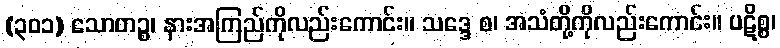
(၃၀၁) သောတဉ္စ၊ နားအကြည်ကိုလည်းကောင်း။ သဒ္ဒေ စ၊ အသံတို့ကိုလည်းကောင်း။ ပဋိစ္စ၊